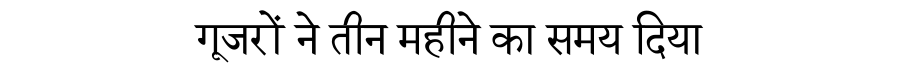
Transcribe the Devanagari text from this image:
गूजरों ने तीन महीने का समय दिया